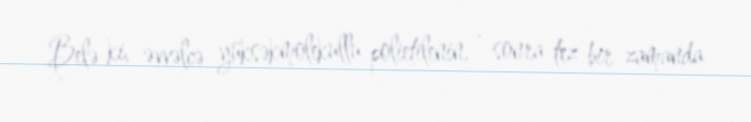
Belə ki, əvvəlcə yüksəkmolekullu polietilenin, , sonra tez bir zamanda